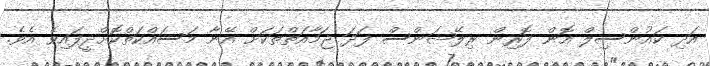
އަދި ކައުންސިލް އޮން ފޮރިން ރިލޭޝަންސް ފަދަ ޖަމާއަތްތަކަށް އޭނާ މަސައްކަތްކޮށްދީފައިވެ އެވެ.